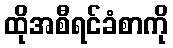
ထိုအစီရင်ခံစာကို